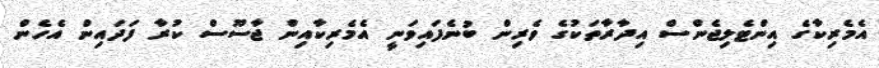
އެމެރިކާގެ އިންޓެލިޖެންސް އިދާރާތަކުގެ ވެރިން ބުނެފައިވަނީ އެމެރިކާއިން ޖާސޫސް ކުރާ ފަދައިން އެހެން